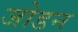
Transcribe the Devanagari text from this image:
जोडन